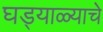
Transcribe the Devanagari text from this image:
घड्याळ्याचे